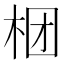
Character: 𣑝